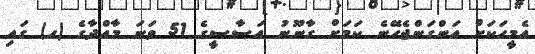
އެމީހަކަށް އަންގަންޖެހޭނެ ކަމަށް ގާނޫނު އަސާސީގެ 51 ވަނަ މާއްދާގެ (ހ) ގައި